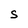
Character: S